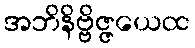
အဘိနိဗ္ဗိဇ္ဇယေထ